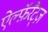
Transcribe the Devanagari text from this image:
ऐल्फ़ॅरैट्ज़